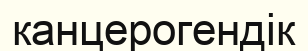
канцерогендік